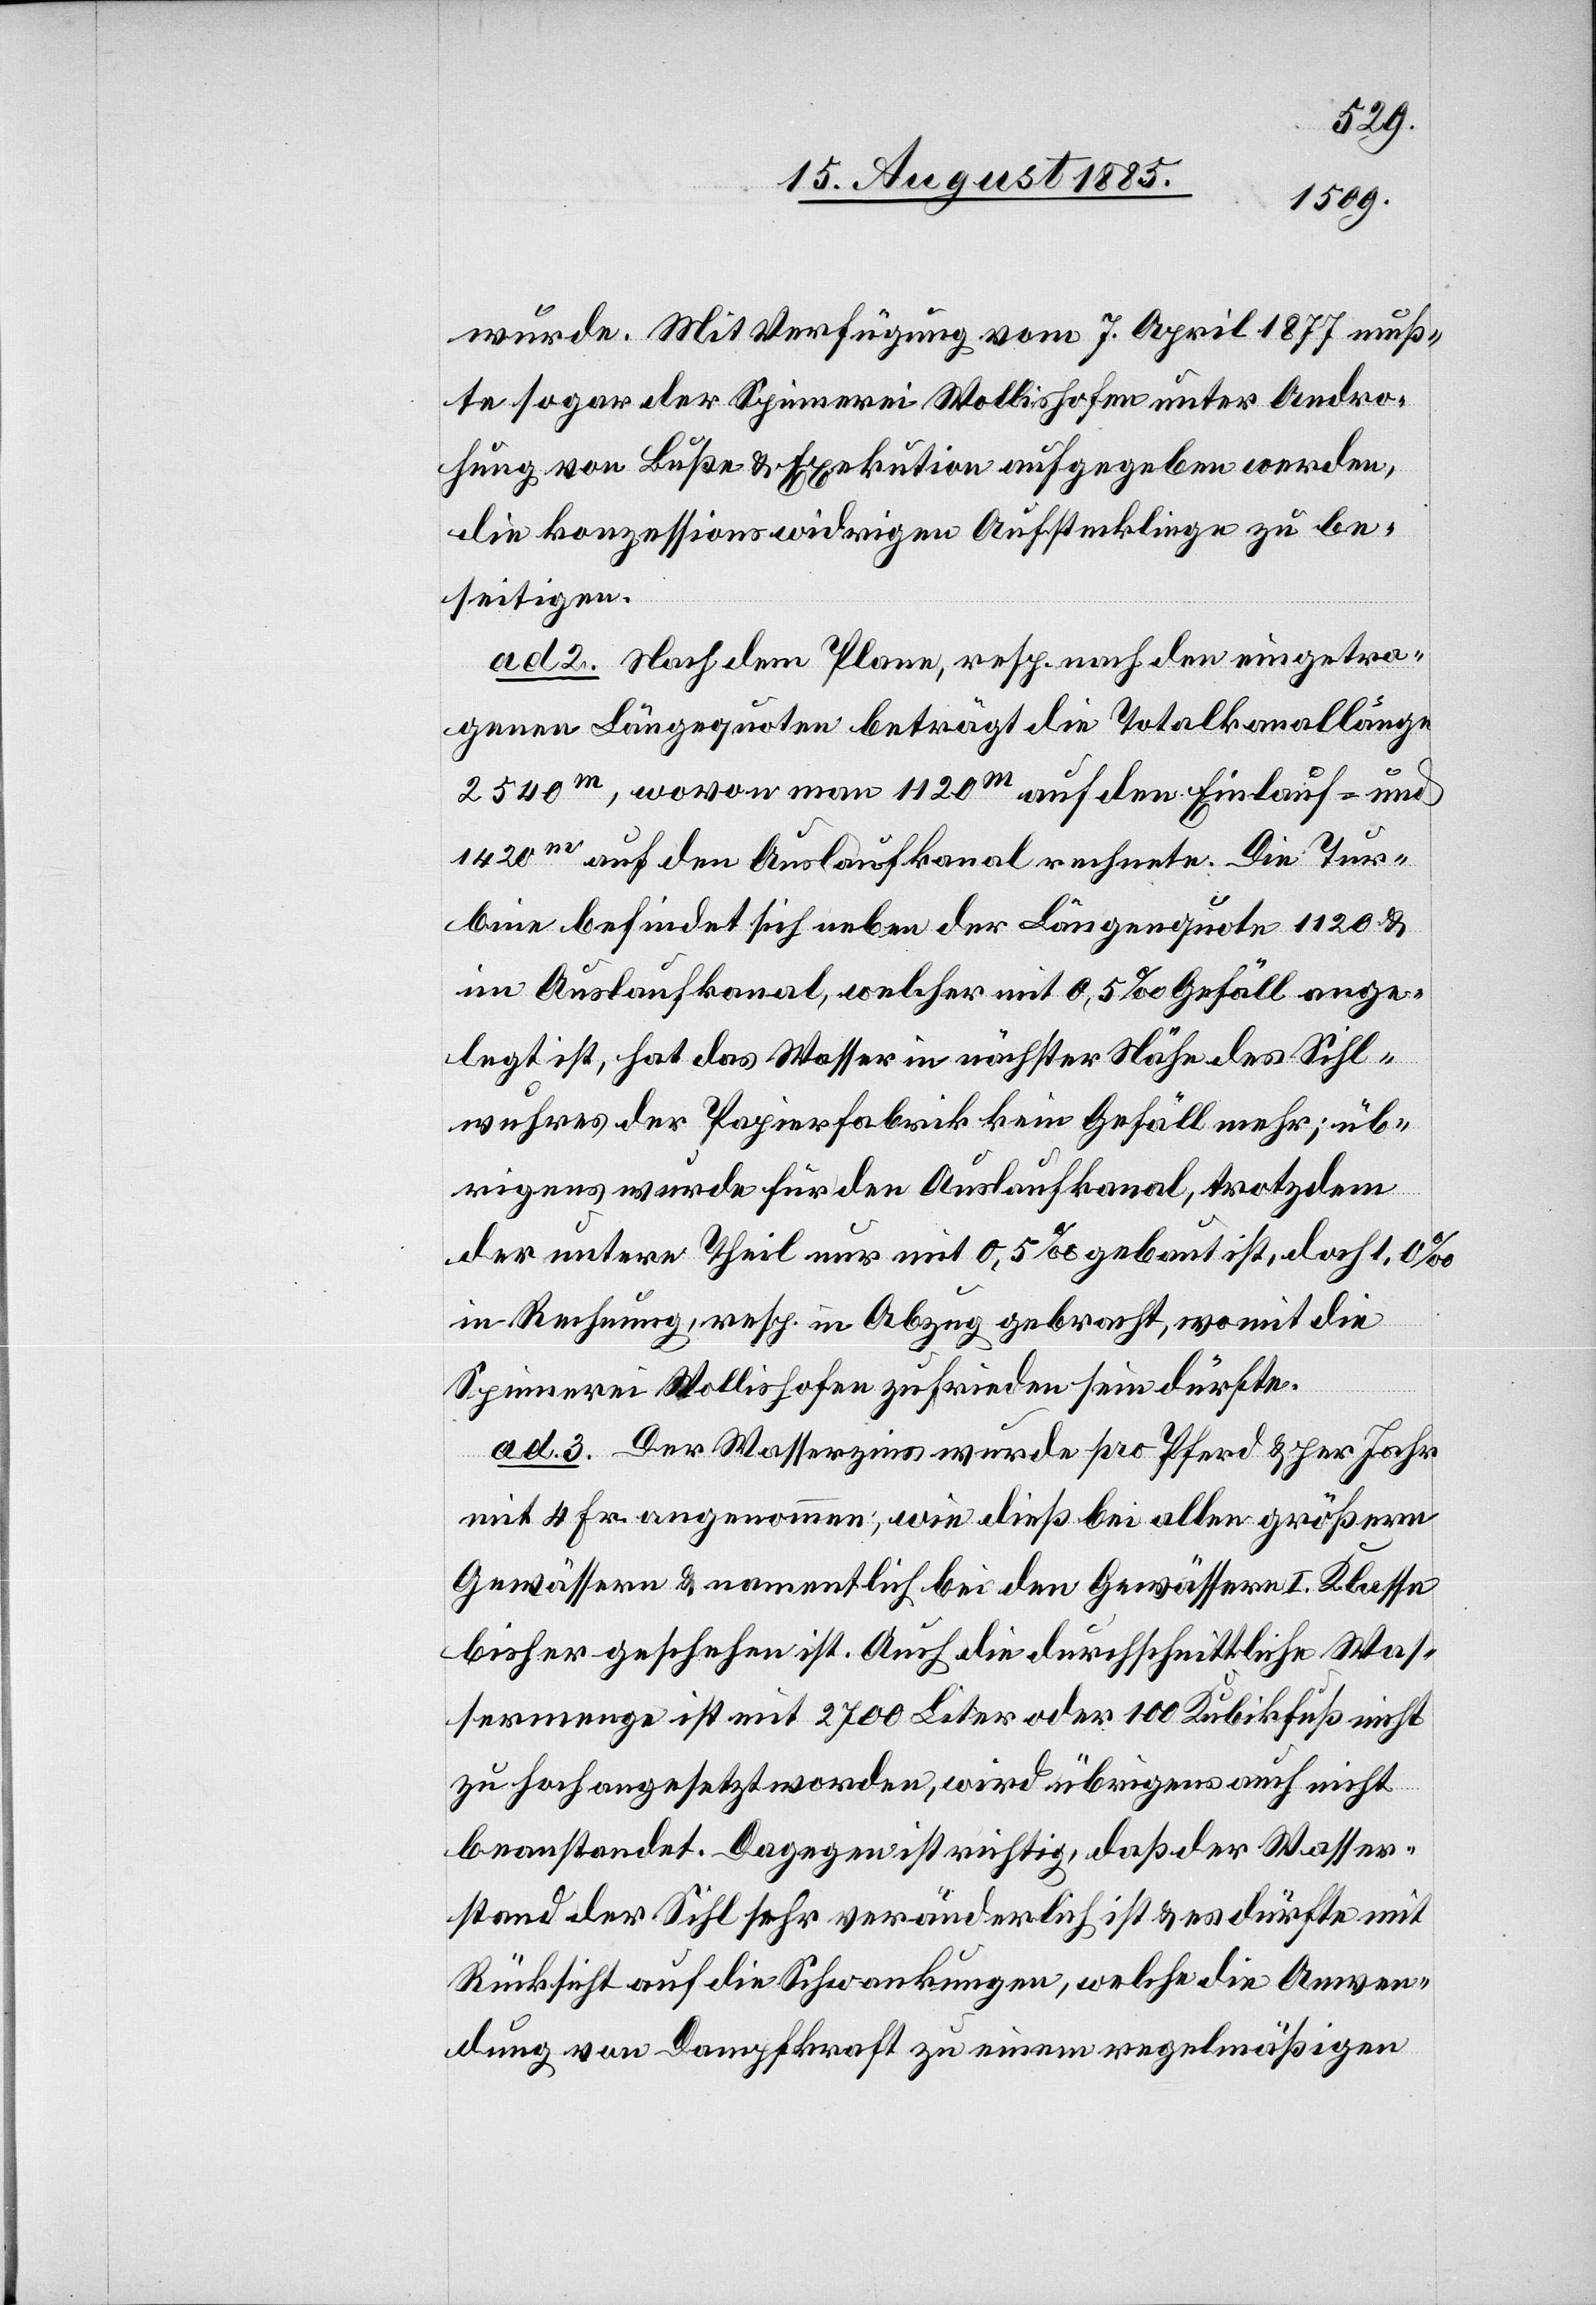
wurde. Mit Verfügung vom 7. April 1877 muß¬
te sogar der Spinnerei Wollishofen unter Andro¬
hung von Buße & Exekution aufgegeben werden,
die konzessionswidrigen Aufsteckliege[n] zu be¬
seitigen.
ad 2. Nach dem Plane, resp. nach den eingetra¬
genen Längenquoten beträgt die Totalkanallänge
2540m, wovon man 1120m auf den Einlauf- und
1420m auf den Auslaufkanal rechnete. Die Tur¬
bine befindet sich neben der Längenquote 1120 &
im Auslaufkanal, welcher mit 0,5‰ Gefäll ange¬
legt ist, hat das Wasser in nächster Nähe des Sihl¬
wuhres der Papierfabrik kein Gefäll mehr; üb¬
rigens wurde für den Auslaufkanal, trotzdem
der untere Theil nur mit 0,5‰ gebaut ist, doch 1,0‰
in Rechnung, resp. in Abzug gebracht, womit die
Spinnerei Wollishofen zufrieden sein dürfte.
ad 3. Der Wasserzins wurde pro Pferd & per Jahr
mit 4 Fr. angenommen, wie dieß bei allen größern
Gewässern & namentlich bei den Gewässern I. Klasse
bisher geschehen ist. Auch die durchschnittliche Was¬
sermenge ist mit 2700 Liter oder 100 Kubikfuß nicht
zu hoch angesetzt worden, wird übrigens auch nicht
beanstandet. Dagegen ist richtig, daß der Wasser¬
stand der Sihl sehr veränderlich ist & es dürfte mit
Rücksicht auf die Schwankungen, welche die Anwen¬
dung von Dampfkraft zu einem regelmäßigen